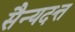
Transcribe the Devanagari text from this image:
सैन्यदत्त